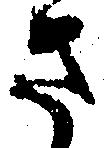
さ